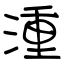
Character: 湩